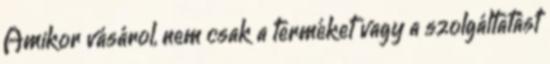
Amikor vásárol, nem csak a terméket vagy a szolgáltatást